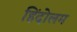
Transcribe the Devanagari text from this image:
हिंदोलम